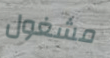
مشغول